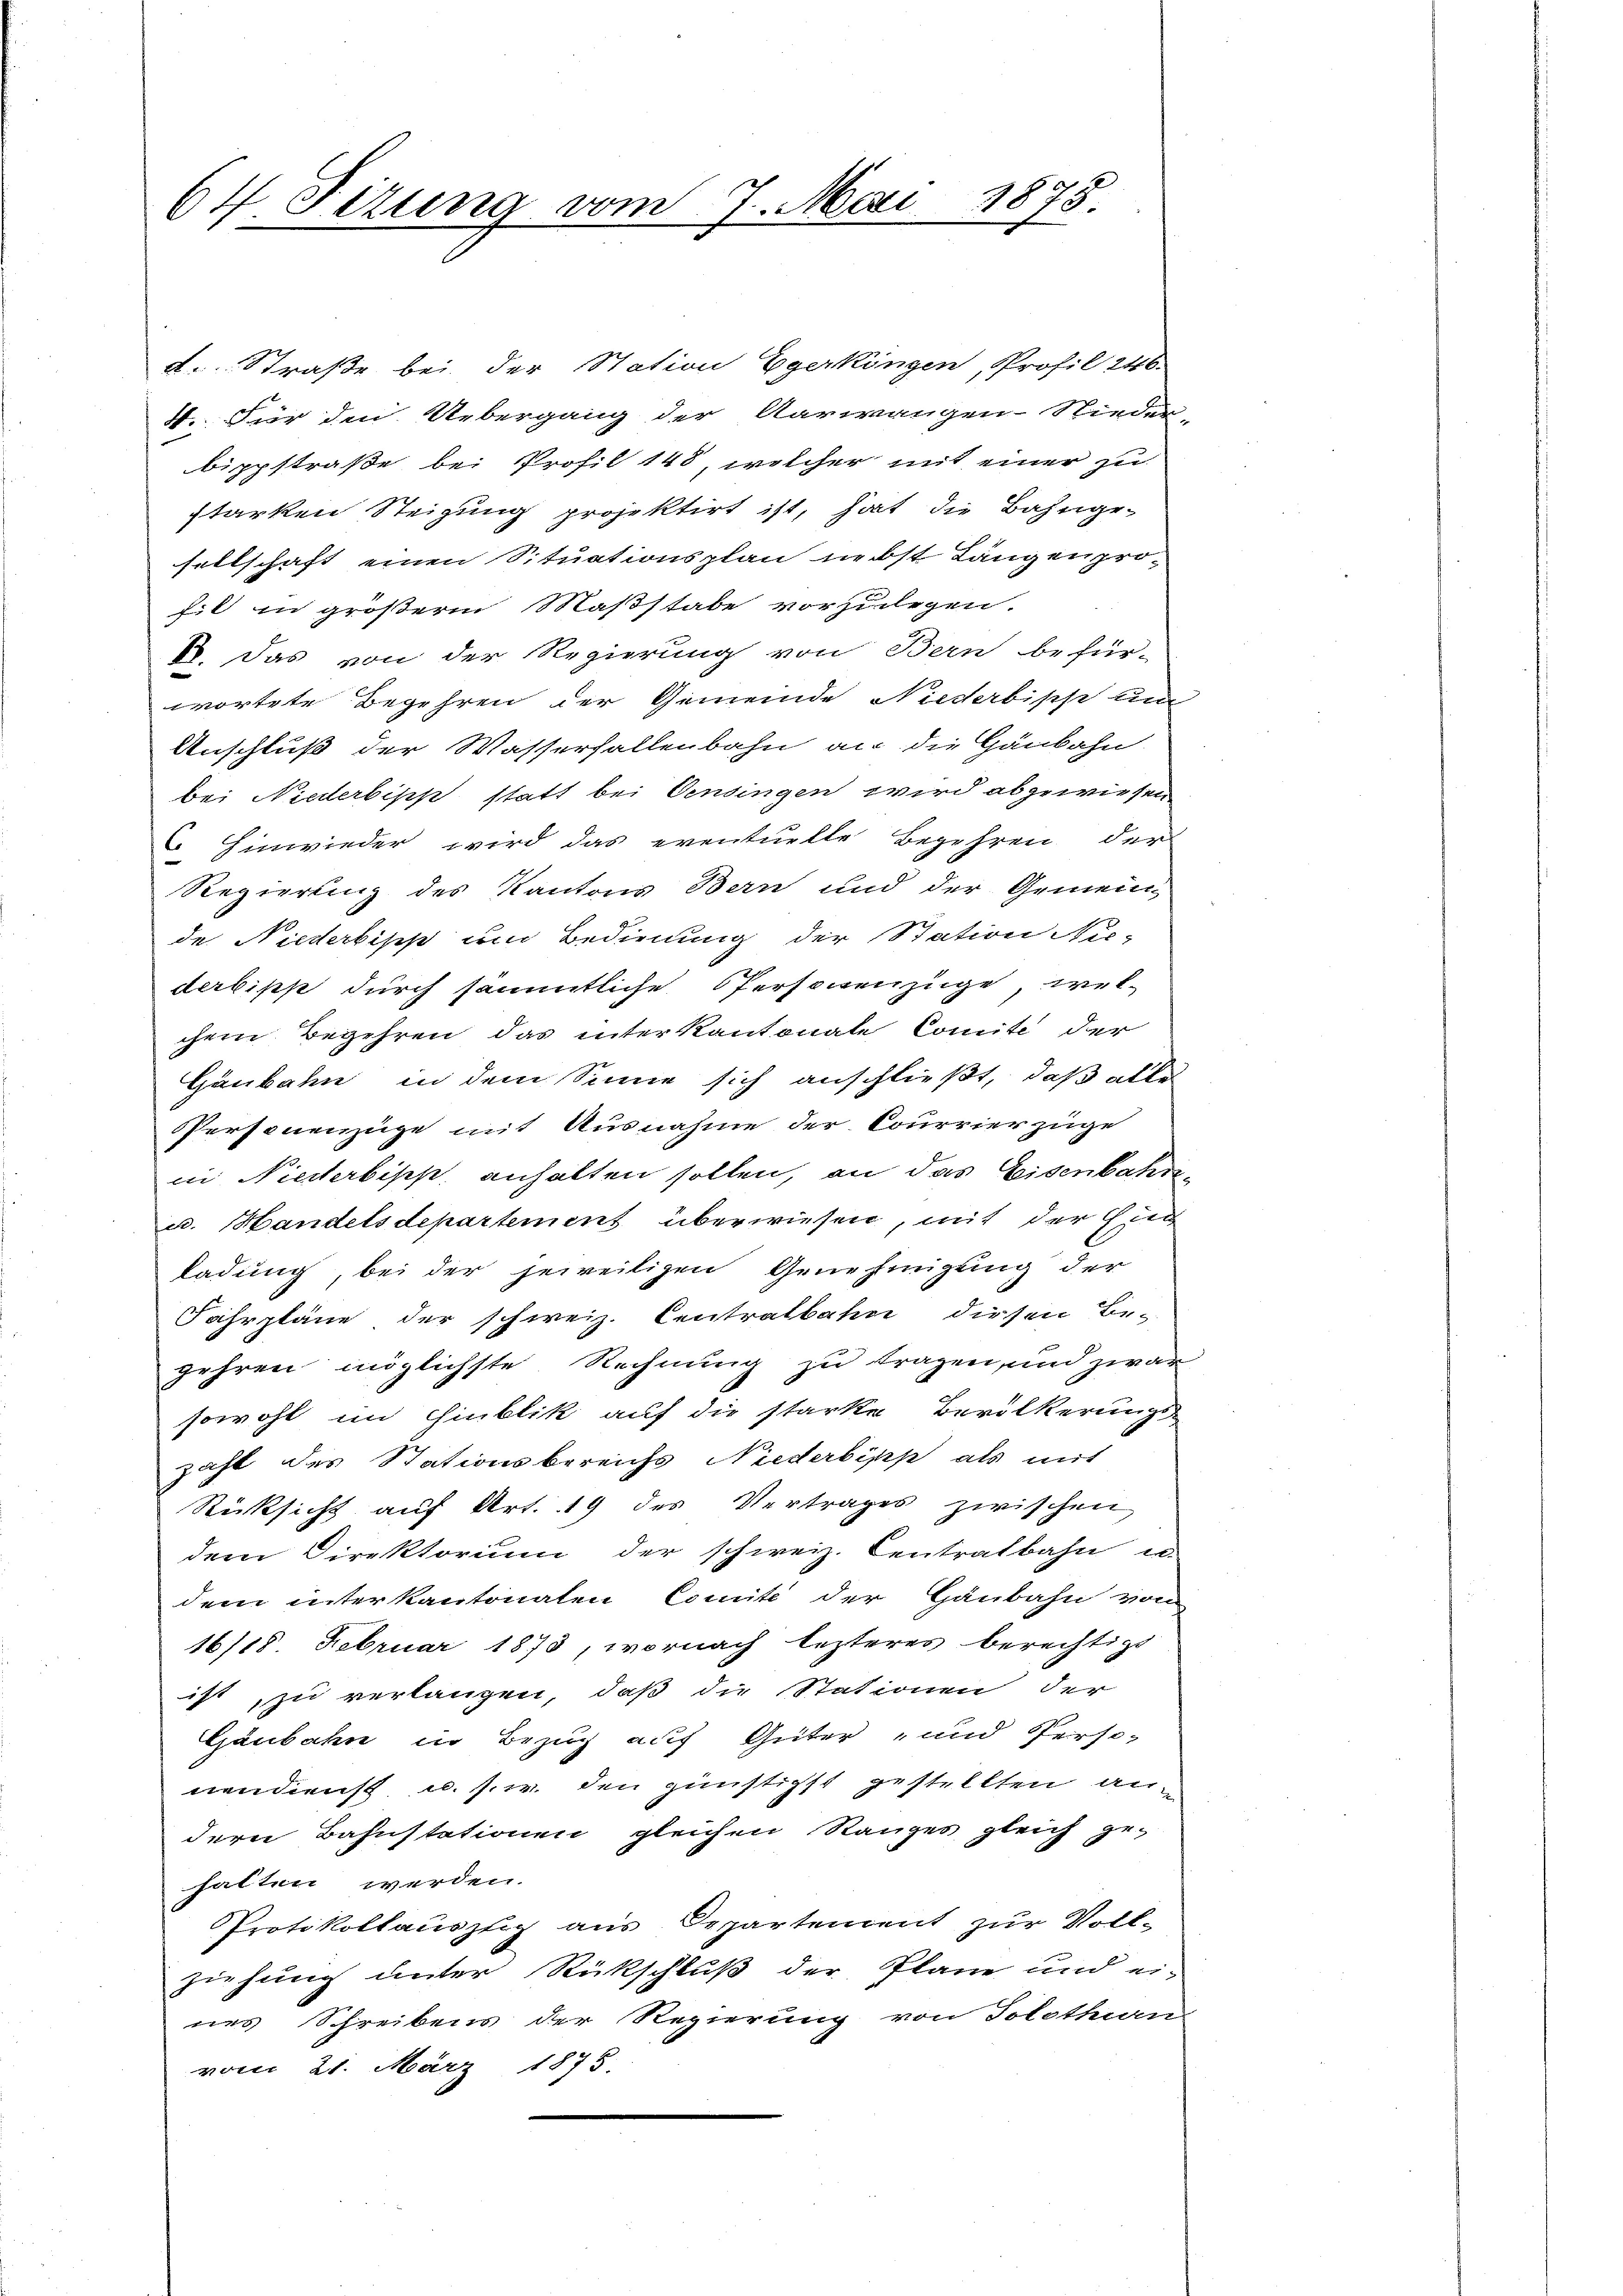
64. Fezung vom 7. Mai 1873.

a. Straße bei der Station Egerkingen, Profil 246.
4.. Für den Uebergang der Aarwangen-Nieder-
bippstraße bei Profil 148, welcher mit einer zu
starken Steigung projektirt ist, hat die Bahnge-
sellschaft einen Situationsplan nebst Längenprofil in größerm Maßstabe vorzulegen.
B. Das von der Regierung von Bern befür-
wortete Begehren der Gemeinde Niederbische am
Anschluß der Wasserfallenbahn an die Gänbahn.
bei Niederbipp statt bei Censingen wird abgewiesen
 Hinwieder wird das eventuelle Begehren der
Regierung des Kantons Bern und der Gemein-
de Niederkipp und Bedienung der Station Nie-
derkipp durch sämmtliche Personenzüge, welchem Begehren das interkantonale Comite der
Häubahn in dem Sinne sich anschließt, daß alle
PPersonenzüge mit Ausnahme der Courrier zuge
in Niederbipp, anhalten sollen, an das Eisenbahn¬
u. Handelsdepartement überwiesen, mit der Gug
kadung, bei der jeweiligen Genehmigung der
Fahrpläne der schweiz. Centralbahn diesen Be-
gehren möglichste Rechnung zu tragen, und zwar
sowohl im Hinblik auf die starke Bevölkerungs-
zahl des Stationsbereichs Niederbipp als mit
Rücksicht auf Art. 19 des Vertrages zwischen
dem Direktorium der schweiz. Centratbahn u.
dem unterkantonaten Comite der Häubahn von
16118 Februar 1873, wornach lezteres berechtigt
ist, zu verlangen, daß die Stationen der
Gäubahn in Bezug auf Geiter und Perso-
nendienst u. s. w. den zünstigst gestellten andern Bahnstationen gleichen Ranges gleich gehalten werden.
PProtokollauszug aus Departement zur Voll-
ziehung unter Rückschluß der Pläne und ei-
nes Schreibens der Regierung von Solothurn
vom 21. März 1875.